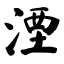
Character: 湮